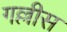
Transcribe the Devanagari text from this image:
गल्लीस